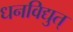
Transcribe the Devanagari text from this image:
धनविद्युत्